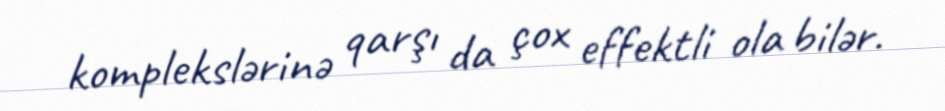
komplekslərinə qarşı da çox effektli ola bilər.